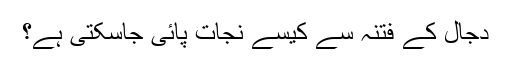
دجال کے فتنہ سے کیسے نجات پائی جاسکتی ہے؟